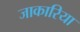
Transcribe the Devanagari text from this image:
जाकारिया